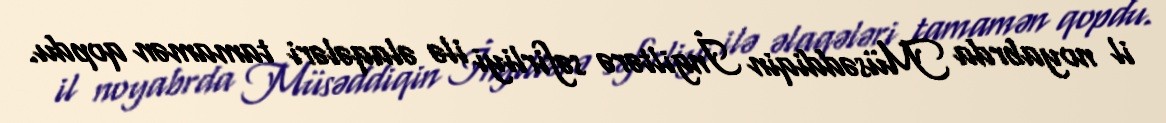
il noyabrda Müsəddiqin İngiltərə səfirliyi ilə əlaqələri tamamən qopdu.